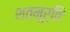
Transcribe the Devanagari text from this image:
शतमूर्तिः